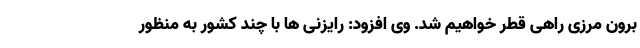
برون مرزی راهی قطر خواهیم شد. وی افزود: رایزنی ها با چند کشور به منظور